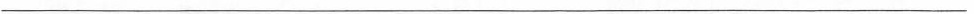
___